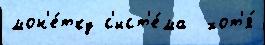
мон'е́тку с'ист'е́ма  хот'я́